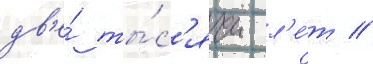
дв'е́ ты́с'ячи л'е́т //